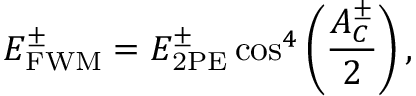
E _ { \mathrm { F W M } } ^ { \pm } = E _ { \mathrm { 2 P E } } ^ { \pm } \cos ^ { 4 } \left( \frac { A _ { C } ^ { \pm } } { 2 } \right) ,